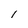
Character: I